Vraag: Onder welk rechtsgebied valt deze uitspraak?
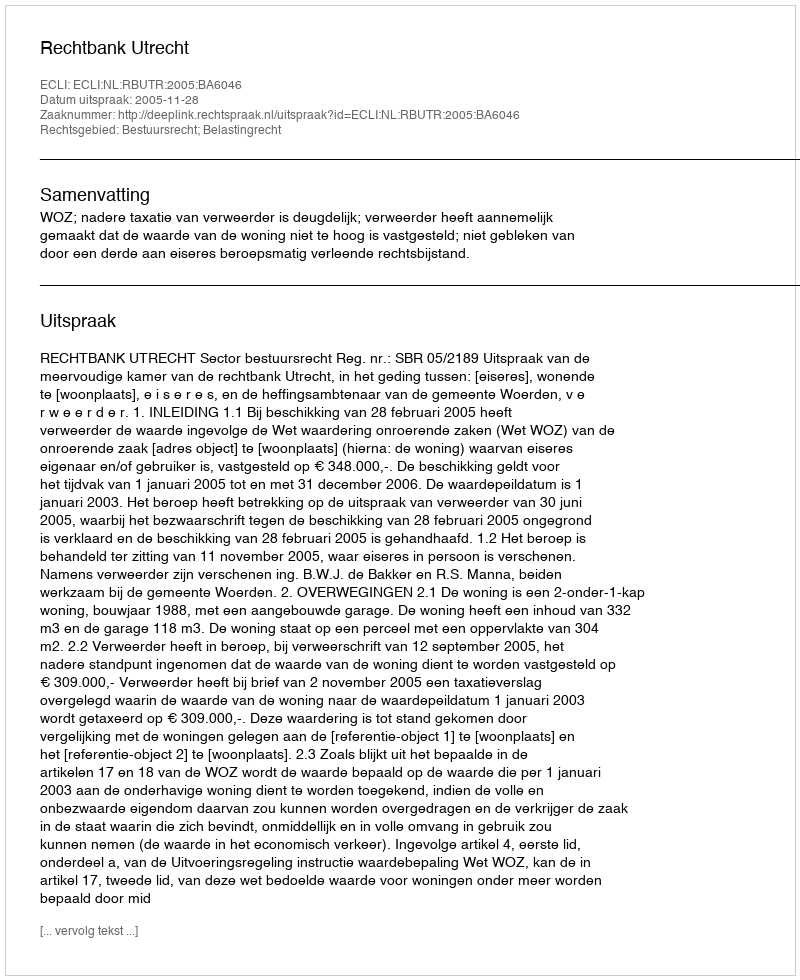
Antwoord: Bestuursrecht; Belastingrecht